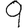
Digit: 9